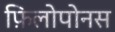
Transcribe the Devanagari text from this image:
फ़िलोपोनस